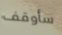
سأوقف